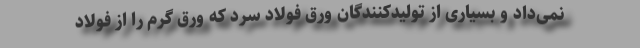
نمی‌داد و بسیاری از تولیدکنندگان ورق فولاد سرد که ورق گرم را از فولاد